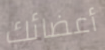
أعضائك